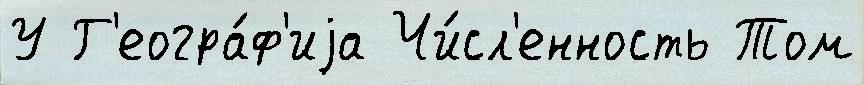
У Г'еогра́ф'иjа Чи́сл'енность Том